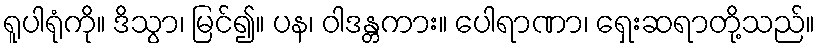
ရူပါရုံကို။ ဒိသွာ၊ မြင်၍။ ပန၊ ဝါဒန္တကား။ ပေါရာဏာ၊ ရှေးဆရာတို့သည်။